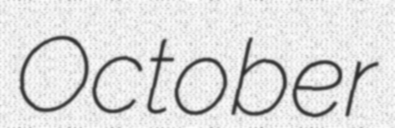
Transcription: October